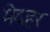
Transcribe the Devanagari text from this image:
मेदहर